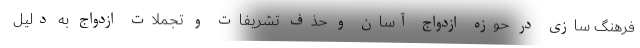
فرهنگ سازی در حوزه ازدواج آسان و حذف تشریفات و تجملات ازدواج به دلیل